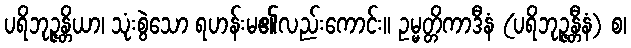
ပရိဘုဉ္ဇန္တိယာ၊ သုံးစွဲသော ရဟန်းမ၏လည်းကောင်း။ ဥမ္မတ္တိကာဒီနံ (ပရိဘုဉ္ဇန္တီနံ) စ၊